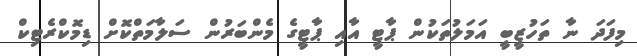
މިފަދަ ނާ ތަހުޒީބީ އަމަލުތަކުން ޕާޓީ އާއި ޕާޓީގެ މެންބަރުން ސަލާމަތްކޮށް ޑިމޮކްރެޓިކް